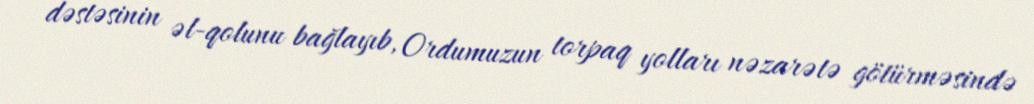
dəstəsinin əl-qolunu bağlayıb, Ordumuzun torpaq yolları nəzarətə götürməsində